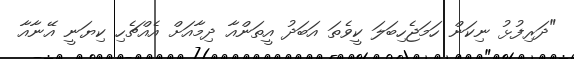
"ދަރިފުޅު ނިކަން ހަމަޖެހިބަލަ ކީވެތަ އަބަދު އީތަންއާ ދިމާއަށް އެއްޗެހި ކިޔަނީ އޭނާއާ